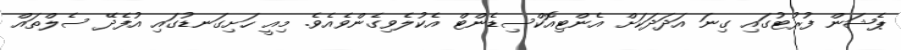
ޕެޝަން ފުރުޓުގައި ގިނަ އަދަދަކަށް އެންޓިއޮކްސިޑެންޓް އެކުލެވިގެންވެއެވެ. މިއީ ހަށިގަނޑުގައި އުފެދޭ ސެލްތައް